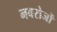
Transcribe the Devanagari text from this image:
नवरोजों